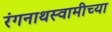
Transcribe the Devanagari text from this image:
रंगनाथस्वामीच्या